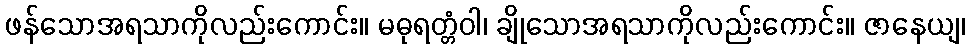
ဖန်သောအရသာကိုလည်းကောင်း။ မဓုရတ္တံဝါ၊ ချိုသောအရသာကိုလည်းကောင်း။ ဇာနေယျ၊